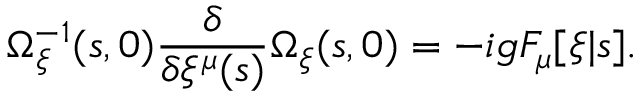
\Omega _ { \xi } ^ { - 1 } ( s , 0 ) \frac { \delta } { \delta \xi ^ { \mu } ( s ) } \Omega _ { \xi } ( s , 0 ) = - i g F _ { \mu } [ \xi | s ] .